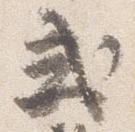
式